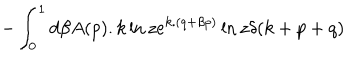
- \int _ { 0 } ^ { 1 } d \beta A ( p ) . k \ln z e ^ { k . ( q + \beta p ) } \ln z \delta ( k + p + q )